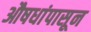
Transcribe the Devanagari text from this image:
औषधांपासून